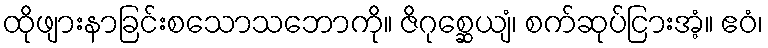
ထိုဖျားနာခြင်းစသောသဘောကို။ ဇိဂုစ္ဆေယျံ၊ စက်ဆုပ်ငြားအံ့။ ဧဝံ၊